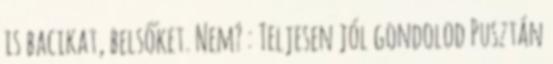
is bacikat, belsőket. Nem? : Teljesen jól gondolod Pusztán